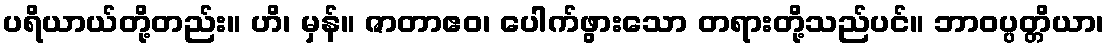
ပရိယာယ်တို့တည်း။ ဟိ၊ မှန်။ ဇာတာဧဝ၊ ပေါက်ဖွားသော တရားတို့သည်ပင်။ ဘာဝပ္ပတ္တိယာ၊